Source: Handwritten
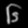
Digit: ၆ (6)